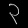
Digit: ၃